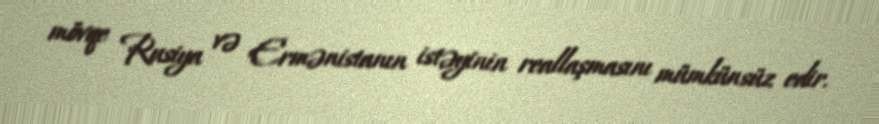
mövqe Rusiya və Ermənistanın istəyinin reallaşmasını mümkünsüz edir.